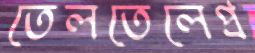
তেলতেলেপ্র